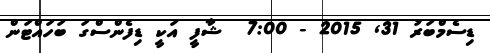
ޑިސެމްބަރު 31